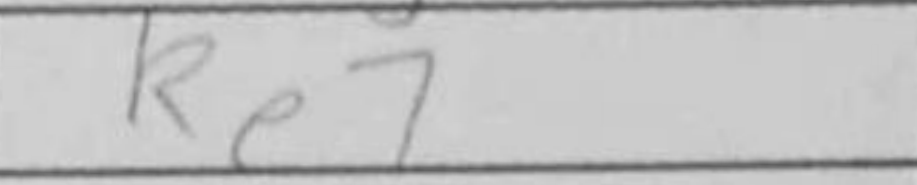
Transcription: Re7